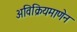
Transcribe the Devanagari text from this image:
अविक्रियमाणेन